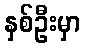
နှစ်ဦးမှာ